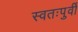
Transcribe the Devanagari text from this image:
स्वतःपुर्वी